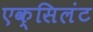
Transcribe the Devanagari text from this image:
एक्सिलंट